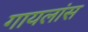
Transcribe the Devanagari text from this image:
गायलांस